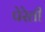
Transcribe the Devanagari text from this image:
पेरेती